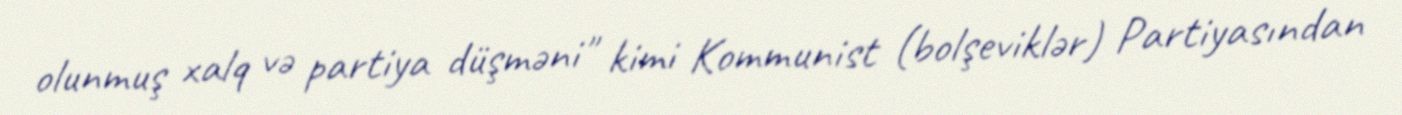
olunmuş xalq və partiya düşməni" kimi Kommunist (bolşeviklər) Partiyasından